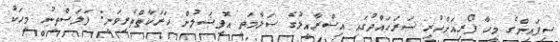
ސިފައިންގެ މީހާ ފޯރިއަށްހުރި ސަރަހައްދުގައި އިސްރާއީލުގެ ސަލާމަތީ އޮފިޝަލުން ހަރަކާތްތެރިވަނީ: ފަލަސްތީނު މީހަކު